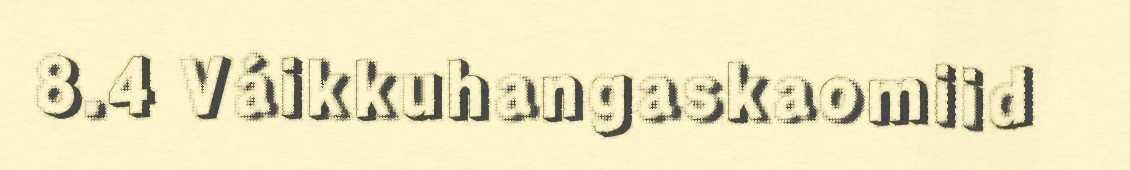
8.4 Váikkuhangaskaomiid